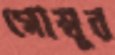
গোম্বুর